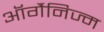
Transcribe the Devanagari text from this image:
ऑर्गैनिज्म